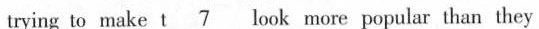
trying to make t \underline7 look more popular than they